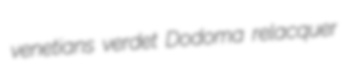
venetians verdet Dodoma relacquer